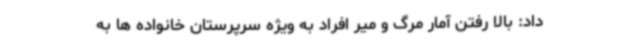
داد: بالا رفتن آمار مرگ و میر افراد به ویژه سرپرستان خانواده ها به